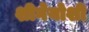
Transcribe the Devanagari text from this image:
शीगेयोशी